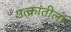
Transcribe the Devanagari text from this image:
उत्क्रांतीला